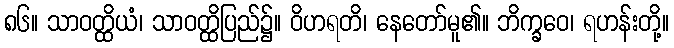
၈၆။ သာဝတ္ထိယံ၊ သာဝတ္ထိပြည်၌။ ဝိဟရတိ၊ နေတော်မူ၏။ ဘိက္ခဝေ၊ ရဟန်းတို့။